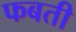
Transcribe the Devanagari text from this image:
फबती